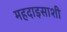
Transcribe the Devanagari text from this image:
महदाइसाशी